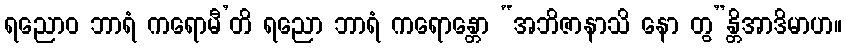
ရညောဝ ဘာရံ ကရောမီ’တိ ရညော ဘာရံ ကရောန္တော “အဘိဇာနာသိ နော တွ”န္တိအာဒိမာဟ။